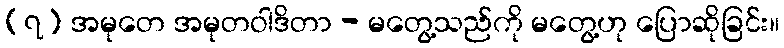
(၇) အမုတေ အမုတဝါဒိတာ - မတွေ့သည်ကို မတွေ့ဟု ပြောဆိုခြင်း။